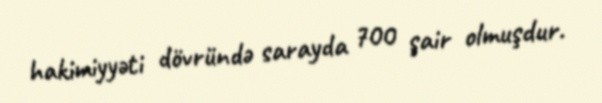
hakimiyyəti dövründə sarayda 700 şair olmuşdur.